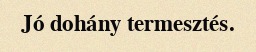
Jó dohány termesztés.